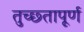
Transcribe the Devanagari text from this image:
तुच्छ्तापूर्ण